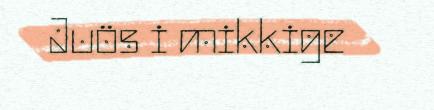
Juös i mikkige